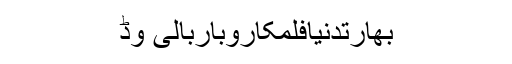
بھارتدنیافلمکاروباربالی وڈ